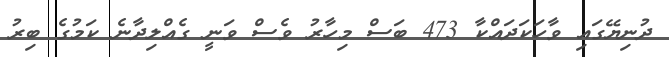
ދުނިޔޭގައި ވާހަކަދައްކާ 473 ބަސް މިހާރު ވެސް ވަނީ ގެއްލިދާނެ ކަމުގެ ބިރު